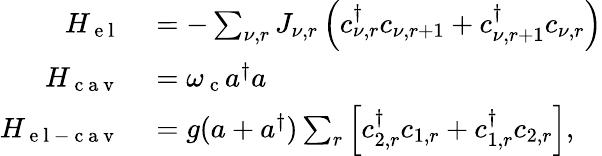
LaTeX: \begin{array}{rl}{H_{\mathrm{~e~l~}}}&{{}=-\sum_{\nu,r}J_{\nu,r}\left(c_{\nu,r}^{\dagger}c_{\nu,r+1}+c_{\nu,r+1}^{\dagger}c_{\nu,r}\right)}\\ {H_{\mathrm{~c~a~v~}}}&{{}=\omega_{\mathrm{~c~}}a^{\dagger}a}\\ {H_{\mathrm{~e~l~-~c~a~v~}}}&{{}=g(a+a^{\dagger})\sum_{r}\left[c_{2,r}^{\dagger}c_{1,r}+c_{1,r}^{\dagger}c_{2,r}\right],}\end{array}